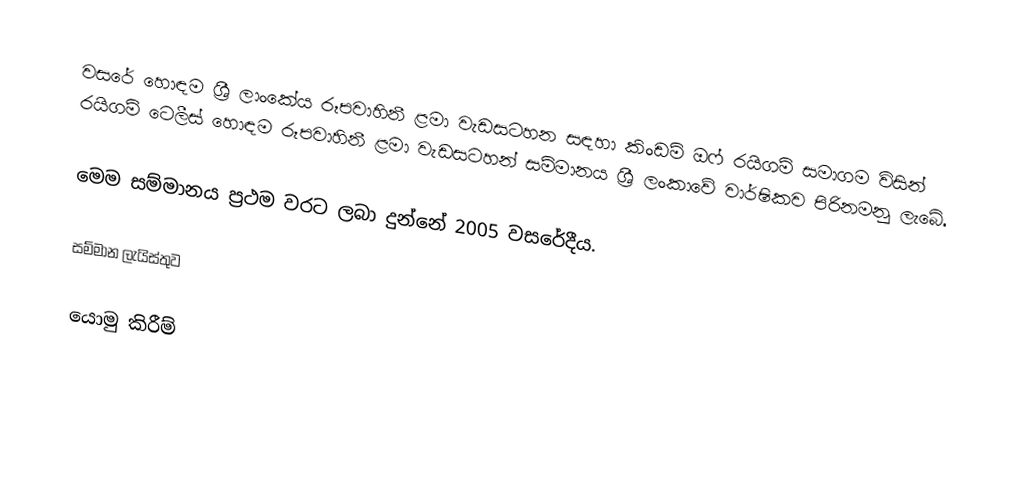
වසරේ හොඳම ශ්‍රී ලාංකේය රූපවාහිනී ළමා වැඩසටහන සඳහා කිංඩම් ඔෆ් රයිගම් සමාගම විසින් රයිගම් ටෙලීස් හොඳම රූපවාහිනී ළමා වැඩසටහන් සම්මානය ශ්‍රී ලංකාවේ වාර්ෂිකව පිරිනමනු ලැබේ.

මෙම සම්මානය ප්‍රථම වරට ලබා දුන්නේ 2005 වසරේදීය.

සම්මාන ලැයිස්තුව

යොමු කිරීම්